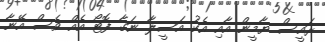
ރައީސް ޔާމީން އާއި އެކު އަސީލާ ނަގާ ފޮޓޯ އެއް ވެސް އޭނާ